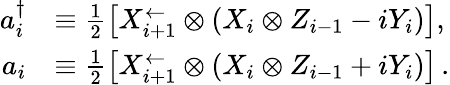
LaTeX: \begin{array}{rl}{a_{i}^{\dagger}}&{\equiv\frac{1}{2}\left[X_{i+1}^{\leftarrow}\otimes(X_{i}\otimes Z_{i-1}-iY_{i})\right],}\\ {a_{i}}&{\equiv\frac{1}{2}\left[X_{i+1}^{\leftarrow}\otimes(X_{i}\otimes Z_{i-1}+iY_{i})\right]\, .}\end{array}